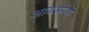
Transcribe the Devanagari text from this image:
आयओव्ही